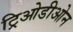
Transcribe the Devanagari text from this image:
ट्रिओडीओन